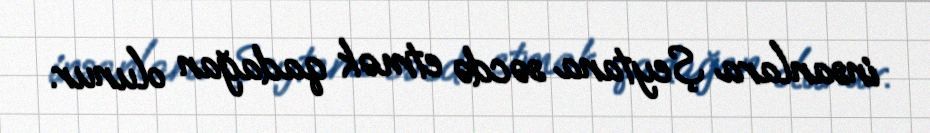
insanlara Şeytana səcdə etmək qadağan olunur.